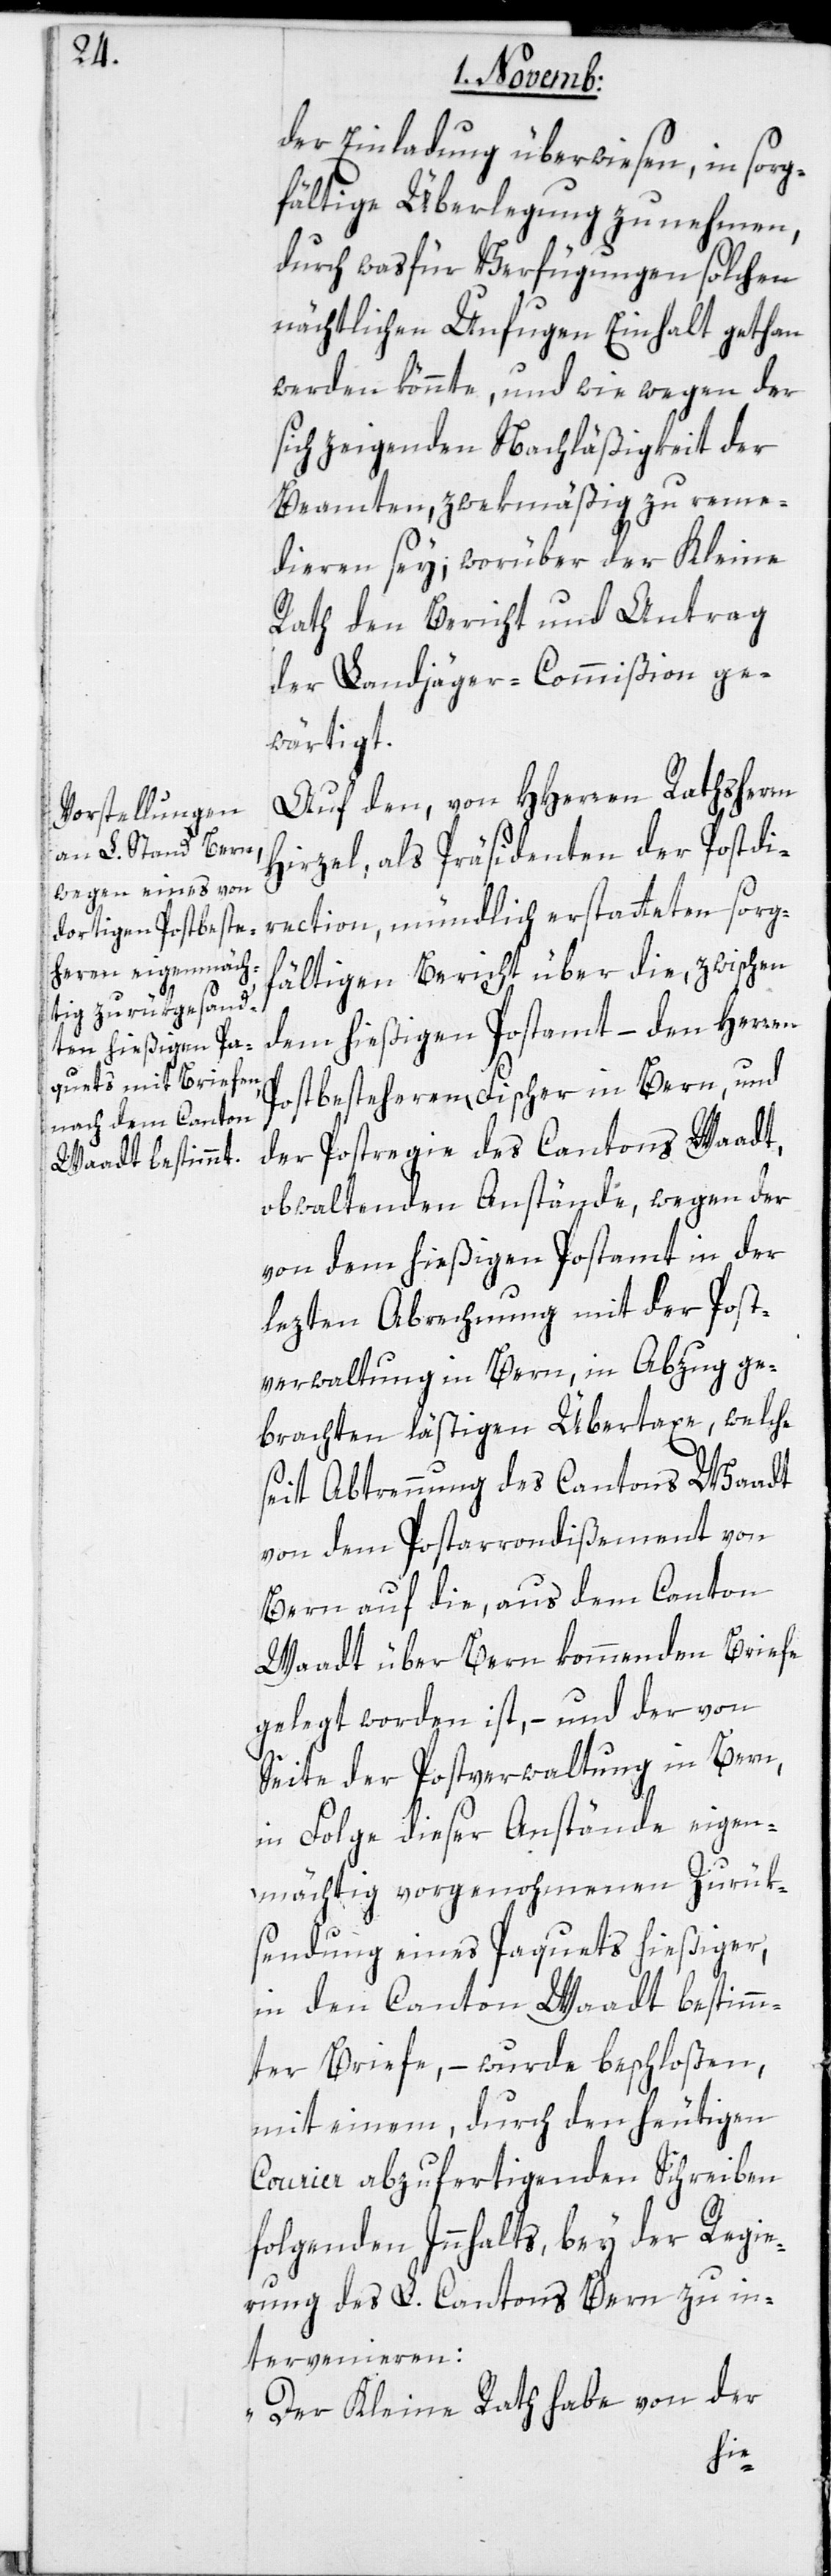
der Einladung überwiesen, in sorg¬
fältige Überlegung zu nehmen,
durch was für Verfügungen solchen
nächtlichen Unfugen Einhalt gethan
werden könnte, und wie wegen der
sich zeigenden Nachläßigkeit der
Beamten, zwekmäßig zu reme¬
dieren sey; worüber der Kleine
Rath den Bericht und Antrag
der Landjäger-Commißion ge¬
wärtigt.
Auf den, von HHerren Rathsherrn
Hirzel, als Präsidenten der Postdi¬
rection, mündlich erstatteten sorgf¬
ältigen Bericht über die, zwischen
dem hießigen Postamt – den Herren
Postbesteheren Fischer in Bern, und
der Postregie des Cantons Waadt,
obwaltenden Anstände, wegen der
von dem hießigen Postamt in der
lezten Abrechnung mit der Post¬
verwaltung in Bern, in Abzug ge¬
brachten lästigen Übertaxe, welche
seit Abtrennung des Cantons Waadt
von dem Postarrondißement von
Bern auf die, aus dem Canton
Waadt über Bern kommenden Briefe
gelegt worden ist, – und der von
Seite der Postverwaltung in Bern,
in Folge dieser Anstände eigen¬
mächtig vorgenohmenen Zurük¬
sendung eines Paquets hießiger,
in den Canton Waadt bestimm¬
ter Briefe, – wurde beschloßen,
mit einem, durch den heutigen
Courier abzufertigenden Schreiben
folgenden Inhalts, bey der Regie¬
rung des L. Cantons Bern zu in¬
tervenieren:
„Der Kleine Rath habe von der